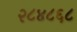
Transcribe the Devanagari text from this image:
२८४८६८